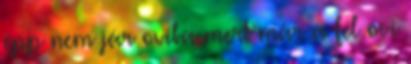
épp nem jár oviba mert már a fél ovi